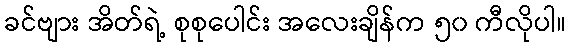
ခင်ဗျား အိတ်ရဲ့ စုစုပေါင်း အလေးချိန်က ၅၀ ကီလိုပါ။